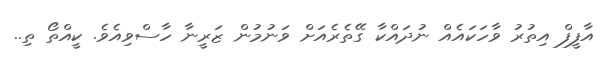
އާފީފް އިތުރު ވާހަކައެއް ނުދައްކާ ގޭތެރެއަށް ވަނުމުން ޒަރީނާ ހާސްވިއެވެ. ކީއްތޯ ތި..